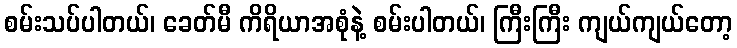
စမ်းသပ်ပါတယ်၊ ခေတ်မီ ကိရိယာအစုံနဲ့ စမ်းပါတယ်၊ ကြီးကြီး ကျယ်ကျယ်တော့